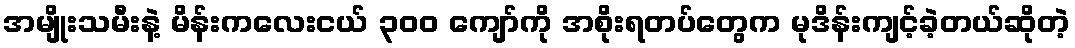
အမျိုးသမီးနဲ့ မိန်းကလေးငယ် ၃၀၀ ကျော်ကို အစိုးရတပ်တွေက မုဒိန်းကျင့်ခဲ့တယ်ဆိုတဲ့